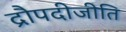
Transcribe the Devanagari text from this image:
द्रौपदीजीति